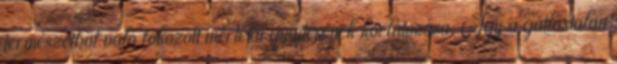
természetből való fokozott mértékű gyűjtésének korlátozása. Így a gátlástalan